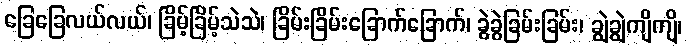
ခြေခြေလယ်လယ်၊ ခြိမ့်ခြိမ့်သဲသဲ၊ ခြိမ်းခြိမ်းခြောက်ခြောက်၊ ခွဲခွဲခြမ်းခြမ်း၊ ချွဲချွဲကျိကျိ၊